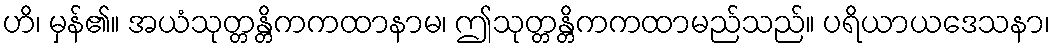
ဟိ၊ မှန်၏။ အယံသုတ္တန္တိကကထာနာမ၊ ဤသုတ္တန္တိကကထာမည်သည်။ ပရိယာယဒေသနာ၊